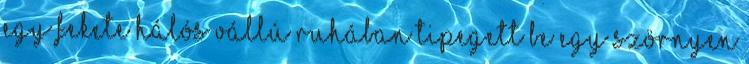
Egy fekete hálós vállú ruhában tipegett be egy szörnyen